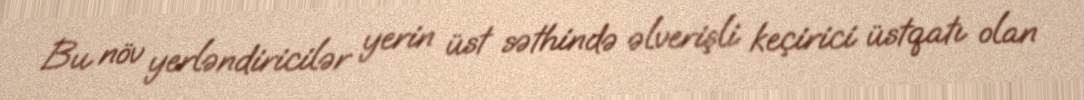
Bu növ yerləndiricilər yerin üst səthində əlverişli keçirici üstqatı olan